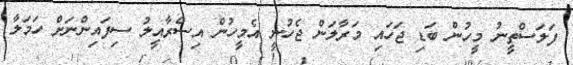
ފަލަސްތީނު މީހުން ބަޑި ޖަހައި މަރާލަން ޖެހުނީ އެމީހުން އިސްރާއީލު ސިފައިންނަށް ހަމަލާ